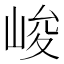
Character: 峻